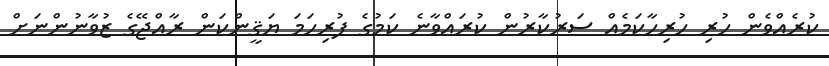
ކުރެއްވެން ހުރި ހުރިހާކަމެއް ސަރުކާރުން ކުރައްވާނެ ކަމުގެ ފުރިހަމަ ޔަޤީންކަން ރާއްޖޭގެ ޒުވާނުންނަށް